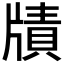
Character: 𤗮